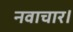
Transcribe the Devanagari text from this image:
नवाचार।